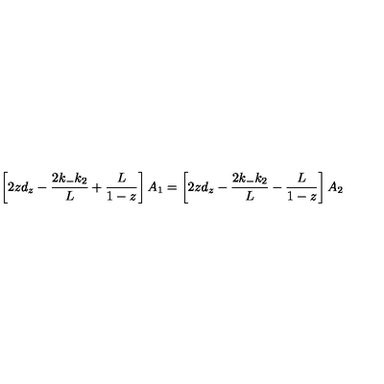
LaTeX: \left[ 2 z d _ { z } - \frac { 2 k _ { - } k _ { 2 } } { L } + \frac { L } { 1 - z } \right] A _ { 1 } = \left[ 2 z d _ { z } - \frac { 2 k _ { - } k _ { 2 } } { L } - \frac { L } { 1 - z } \right] A _ { 2 }